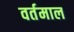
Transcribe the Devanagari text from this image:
वर्तमाल